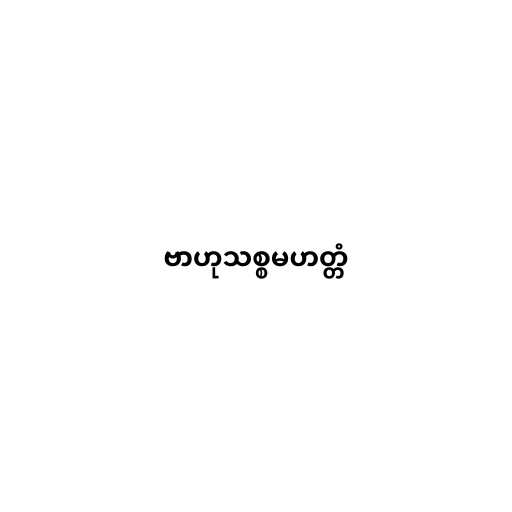
ဗာဟုသစ္စမဟတ္တံ